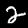
Digit: 2